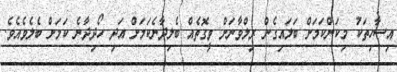
އިސާހިތަކު މިކަންކަމަށް ބަލައިގެން ރިލްވާނަށް ވީގޮތެއް ބެލިދާނެކަމަށް އަދި ހޯދިދާނެ ކަމަށް ބެލެވެއެވެ.